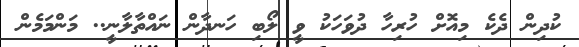
ކުދިން ދެކެ މިއޮށް ހުރިހާ ދުވަހަކު ވީ ލޯބި ހަނދާން ނައްތާލާނީ.. މަންމަމެން